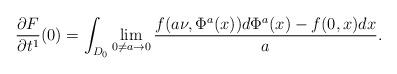
LaTeX: \begin{align*} \frac{\partial F}{\partial t^1}(0)=\int_{D_0}\lim_{0\neq a\to 0}\frac{f(a\nu,\Phi^a(x))d\Phi^a(x)-f(0,x)dx}{a}.\end{align*}